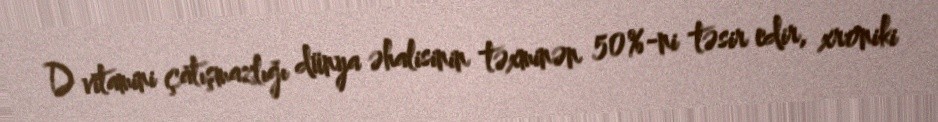
D vitamini çatışmazlığı dünya əhalisinin təxminən 50%-ni təsir edir, xroniki